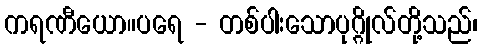
ကရဏီယော။ပရေ - တစ်ပါးသောပုဂ္ဂိုလ်တို့သည်၊